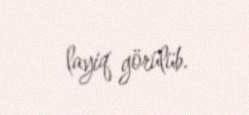
layiq görülüb.